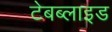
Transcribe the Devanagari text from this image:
टेबब्लाइड